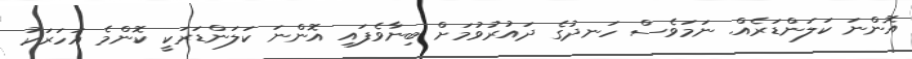
އޮންނަ ކަލަންޑަރެއް. ނަމަވެސް ހަނދުގެ ދައުރުވުމަށް ބިނާވެފައި އޮންނަ ކަލަންޑަރަކީ ކޮންމެ އަހަރަކު